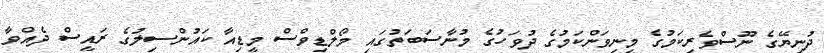
ދުނިޔޭގެ ނޫސްވެރިކަމުގެ މިނިވަންކަމުގެ ދުވަހުގެ މުނާސަބަތުގައި މޯލްޑިވްސް މީޑިއާ ކައުންސިލުގެ ރައީސް ދެއްވާ